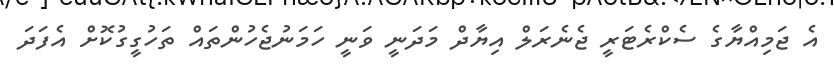
އެ ޖަމިއްޔާގެ ސެކްރެޓަރީ ޖެނެރަލް އިޔާދް މަދަނީ ވަނީ ހަމަނުޖެހުންތައް ތަހުގީގުކޮށް އެފަދަ